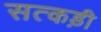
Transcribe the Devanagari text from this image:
सत्कड़ी